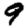
Digit: 9